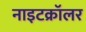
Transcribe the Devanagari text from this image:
नाइटक्रॉलर